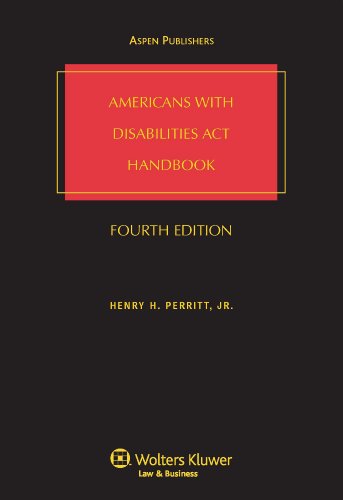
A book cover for Americans With Disabilities Act Handbook (Americans With Disabilities Act Handbook Base Volume); Jr., Esq., Henry H. Perritt; Law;